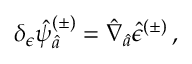
\delta _ { \epsilon } \hat { \psi } _ { \hat { a } } ^ { ( \pm ) } = \hat { \nabla } _ { \hat { a } } \hat { \epsilon } ^ { ( \pm ) } \, ,